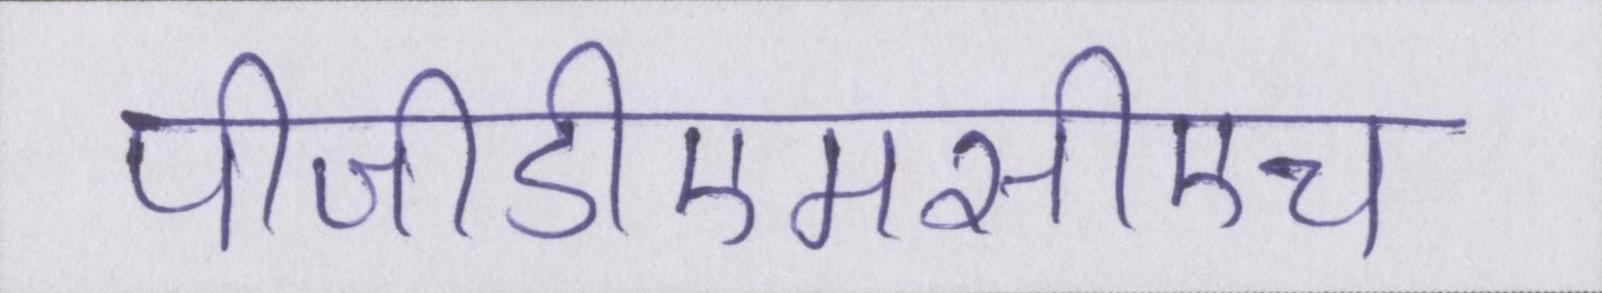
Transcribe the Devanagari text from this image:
पीजीडीएमसीएच